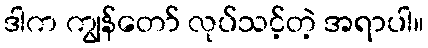
ဒါက ကျွန်တော် လုပ်သင့်တဲ့ အရာပါ။